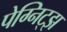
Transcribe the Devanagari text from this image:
पेग्निट्झ